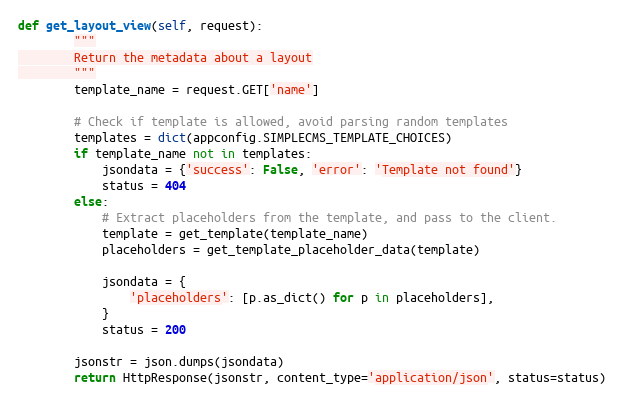
Language: Python
def get_layout_view(self, request):
        """
        Return the metadata about a layout
        """
        template_name = request.GET['name']

        # Check if template is allowed, avoid parsing random templates
        templates = dict(appconfig.SIMPLECMS_TEMPLATE_CHOICES)
        if template_name not in templates:
            jsondata = {'success': False, 'error': 'Template not found'}
            status = 404
        else:
            # Extract placeholders from the template, and pass to the client.
            template = get_template(template_name)
            placeholders = get_template_placeholder_data(template)

            jsondata = {
                'placeholders': [p.as_dict() for p in placeholders],
            }
            status = 200

        jsonstr = json.dumps(jsondata)
        return HttpResponse(jsonstr, content_type='application/json', status=status)